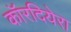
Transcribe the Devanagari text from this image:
कॉरदियेरा